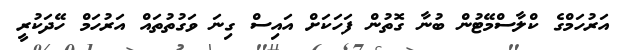
އަރުހަމްގެ ކްލާސްމޭޓުން ބުނާ ގޮތުން ފަހަކަށް އައިސް ގިނަ ވަގުތުތައް އަރުހަމް ހޭދަކުރީ